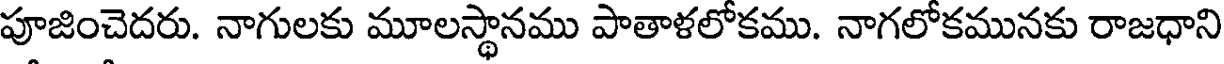
పూజించెదరు. నాగులకు మూలస్థానము పాతాళలోకము. నాగలోకమునకు రాజధాని